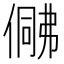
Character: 𠍟